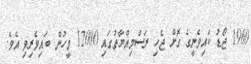
1960 ޖޯޑު ކައިވެނީގެ ގޮށް ޖެހި ރަސްމިއްޔާތުގައި 12000 މީހުން ބައިވެރިވި އެވެ.